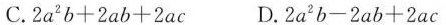
C.2a^2b+2ab+2ac D.2a^2b-2ab+2ac